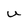
Character: U